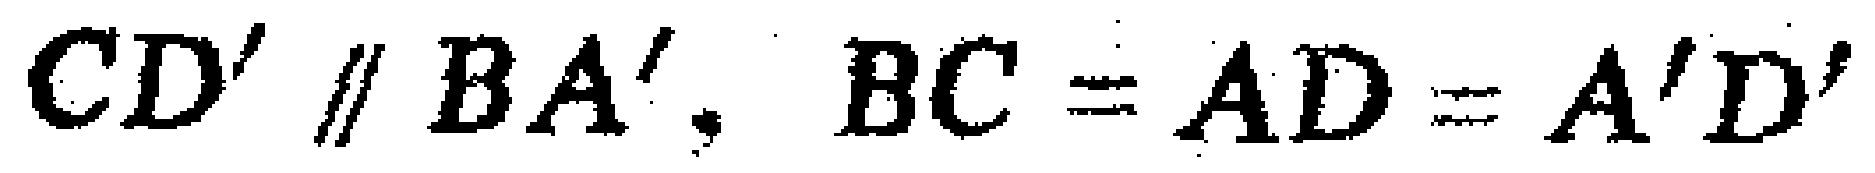
$CD'\parallel BA',\ BC = AD = A'D'$